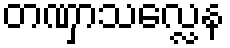
တဏှာသလ္လေန